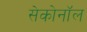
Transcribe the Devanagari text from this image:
सेकोनॉल